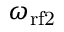
\omega _ { \mathrm { { r f } 2 } }